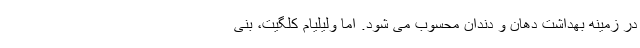
در زمینه بهداشت دهان و دندان محسوب می شود. اما ولیلیام کلگیت، بنی